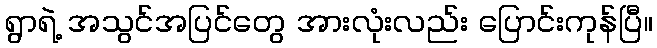
ရွာရဲ့ အသွင်အပြင်တွေ အားလုံးလည်း ပြောင်းကုန်ပြီ။